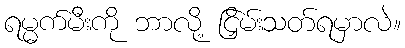
ရမ္မက်မီးကို ဘာလို့ ငြှိမ်းသတ်ရမှာလဲ။